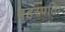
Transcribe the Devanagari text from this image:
बृहस्पतिः